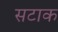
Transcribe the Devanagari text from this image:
सटाक